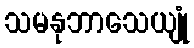
သမနုဘာသေယျုံ